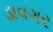
ડાવગર